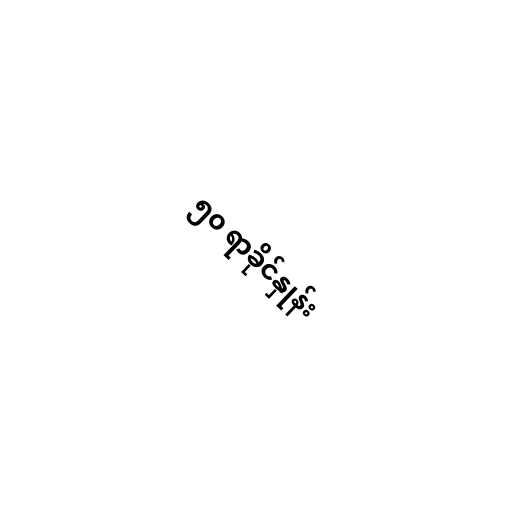
၅၀ ရာခိုင်နှုန်း